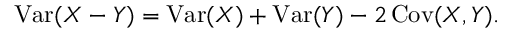
\operatorname { V a r } ( X - Y ) = \operatorname { V a r } ( X ) + \operatorname { V a r } ( Y ) - 2 \operatorname { C o v } ( X , Y ) .